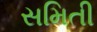
સમિતી